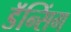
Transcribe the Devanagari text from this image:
डॅन्सिंग